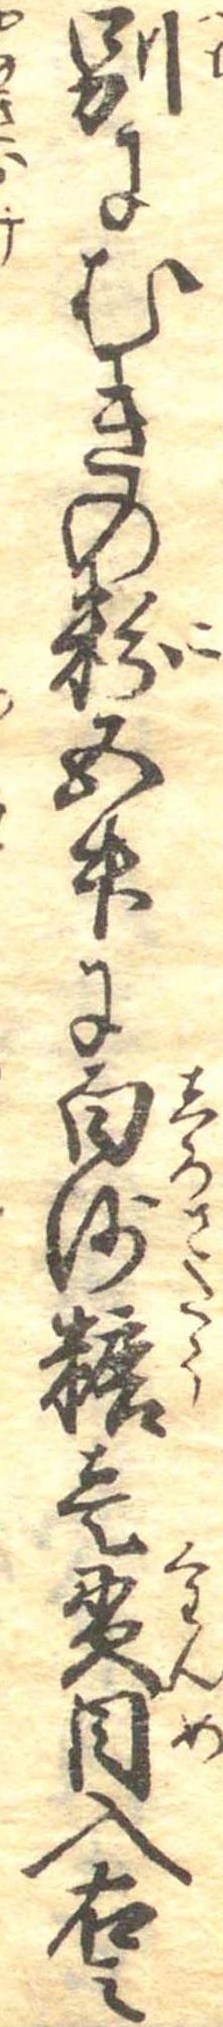
別にむきの粉五升に白沙糖壱貫目入右之